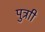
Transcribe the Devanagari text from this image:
पुत्राी